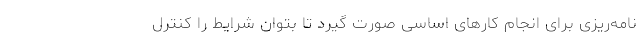
نامه‌ریزی برای انجام کارهای اساسی صورت گیرد تا بتوان شرایط را کنترل